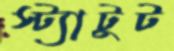
স্ট্যাটুট